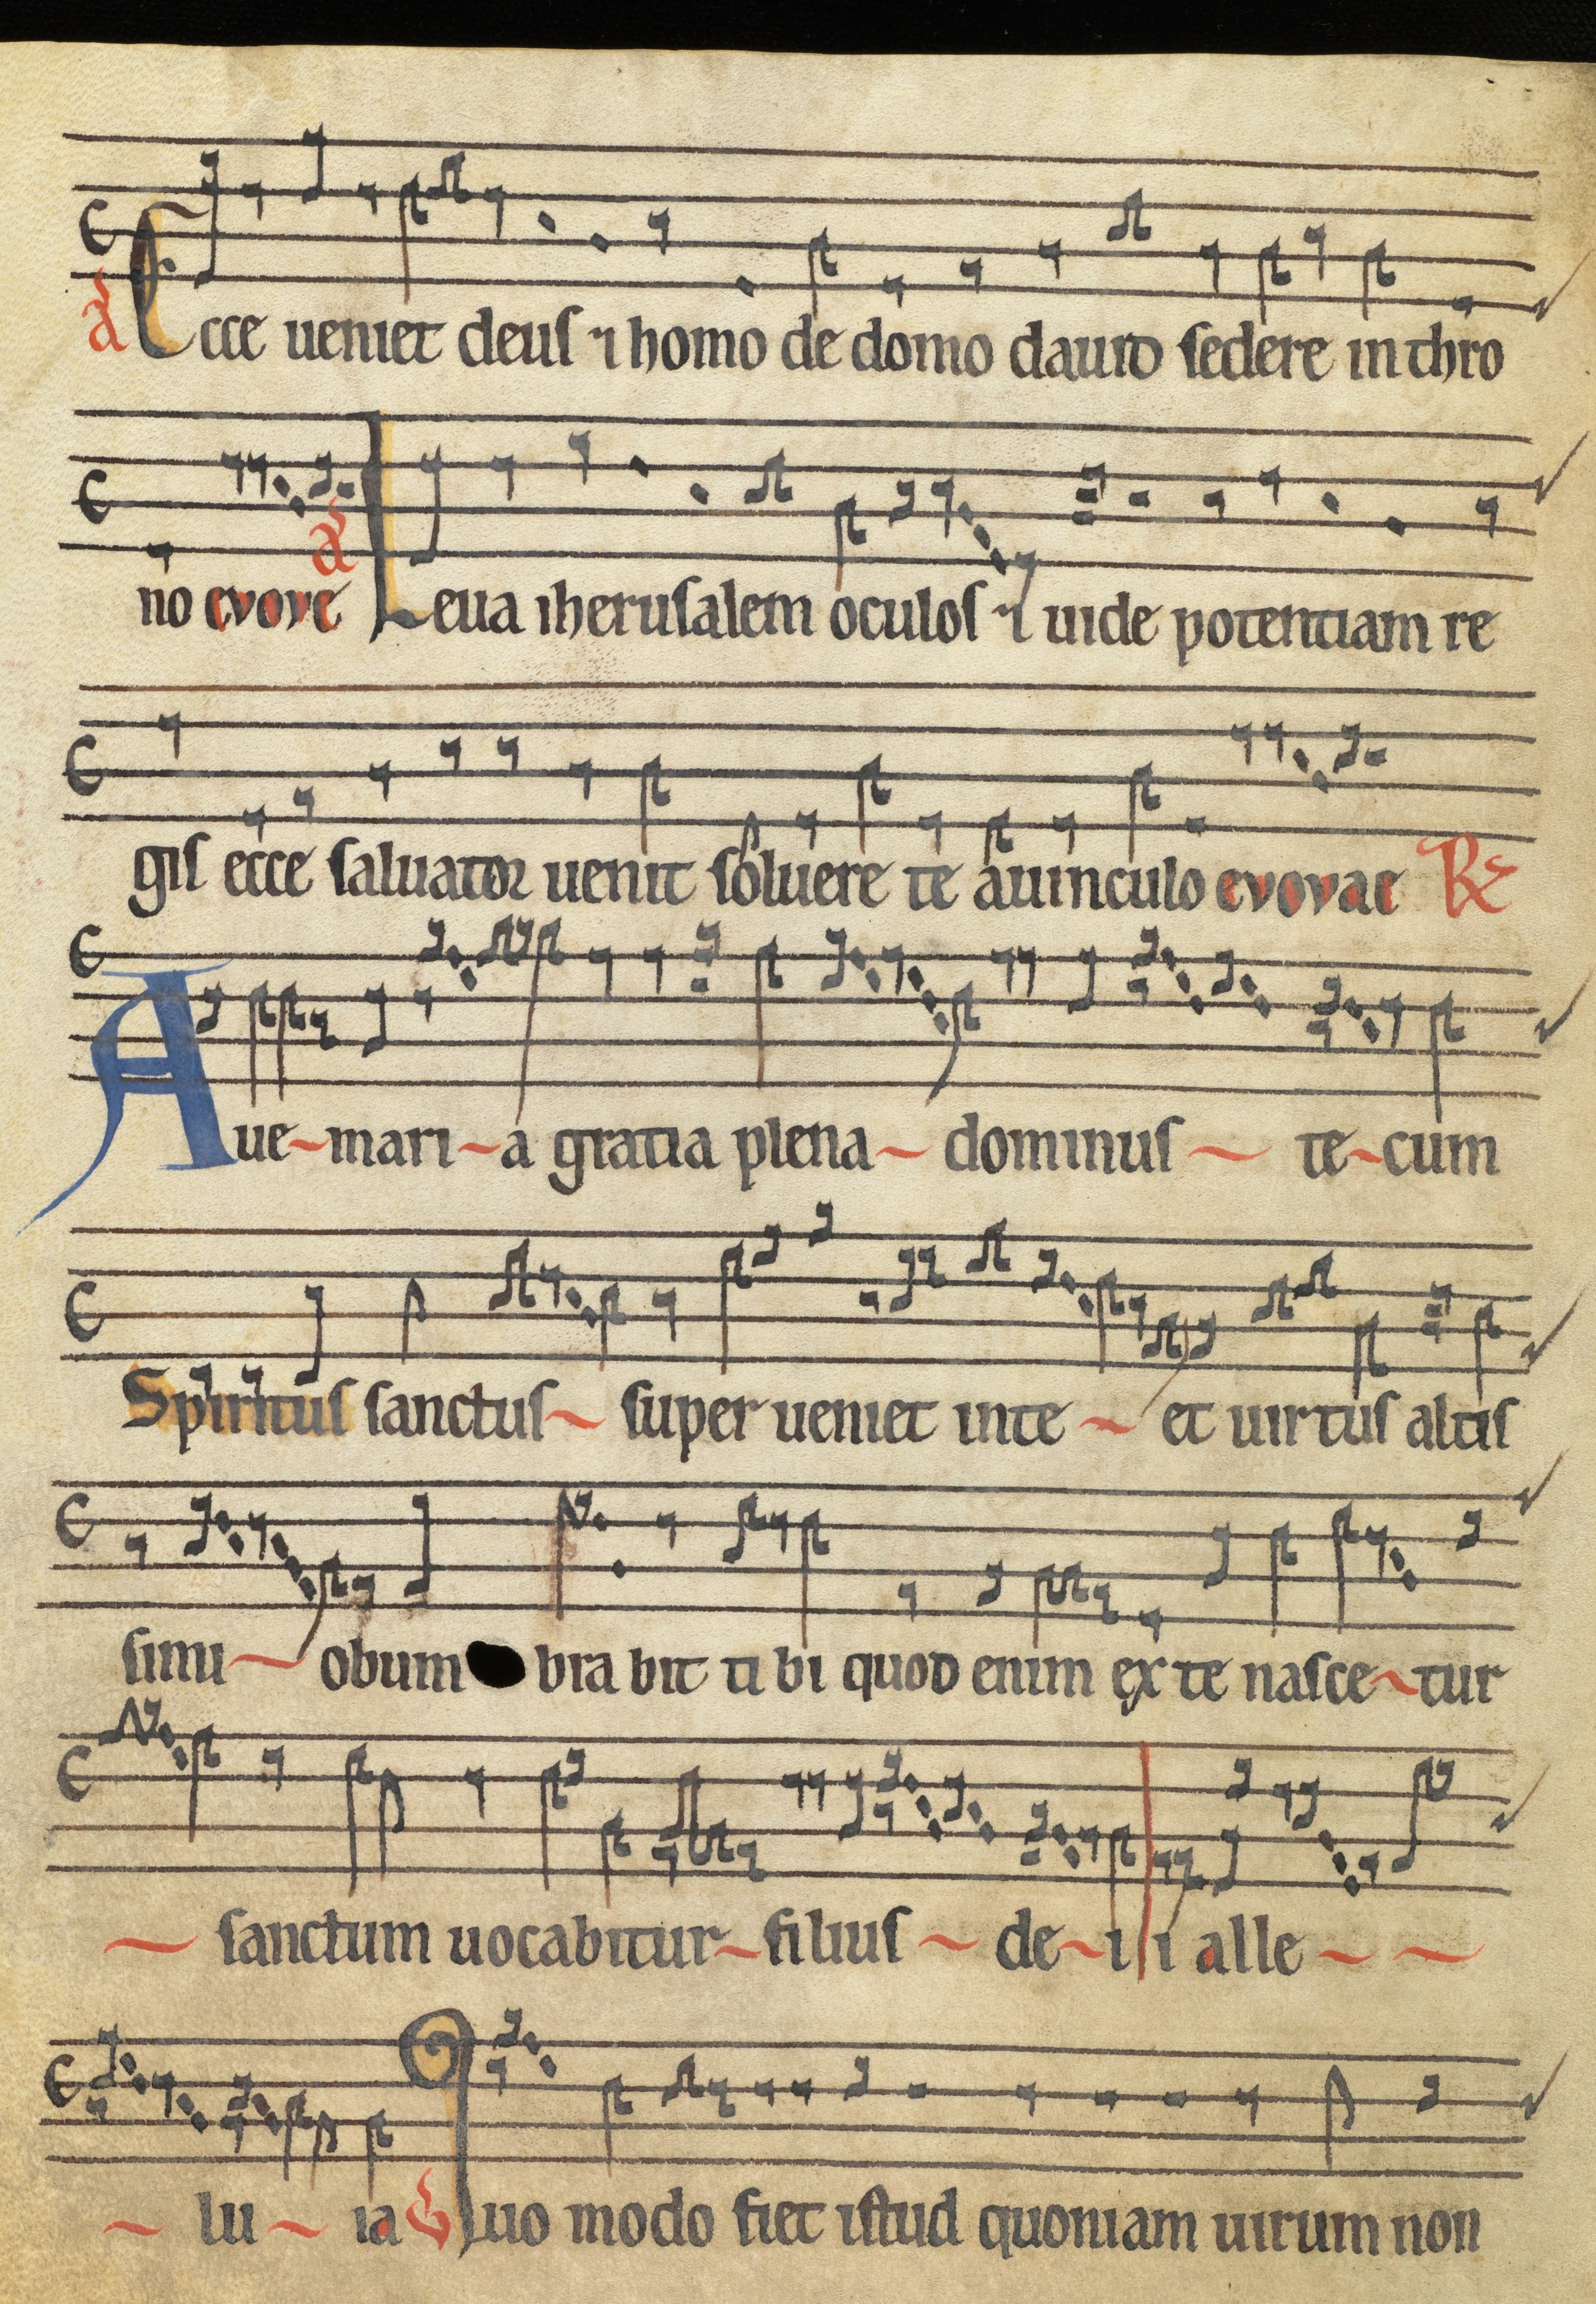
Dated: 1185–1215